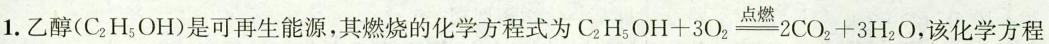
1.乙醇(C_{2}H_{5}OH)是可再生能源，其燃烧的化学方程式为$$C_{2}H_{5}OH+3O_{2} \xlongequal[]{点燃}2CO_{2}+3H_{2}O$$，该化学方程